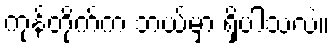
ကုန်တိုက်က ဘယ်မှာ ရှိပါသလဲ။